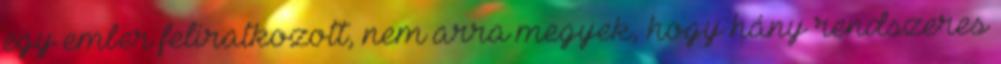
egy ember feliratkozott, nem arra megyek, hogy hány rendszeres